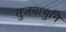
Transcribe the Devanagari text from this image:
तुजवाचुनि